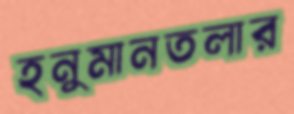
হনুমানতলার